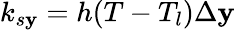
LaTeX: k_{s\mathbf{y}}=h(T-T_{l})\Delta\mathbf{y}